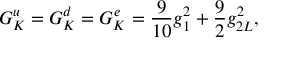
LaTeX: G _ { K } ^ { u } = G _ { K } ^ { d } = G _ { K } ^ { e } = { \frac { 9 } { 1 0 } } g _ { 1 } ^ { 2 } + { \frac { 9 } { 2 } } g _ { 2 L } ^ { 2 } ,